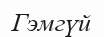
Гэмгүй